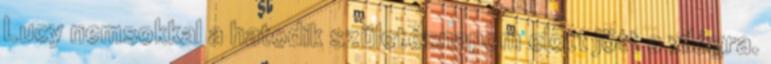
Lucy nemsokkal a hatodik születésnapom elõtt jött a világra.